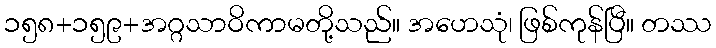
၁၅၈+၁၅၉+အဂ္ဂသာဝိကာမတို့သည်။ အဟေသုံ၊ ဖြစ်ကုန်ပြီ။ တဿ